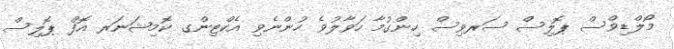
މޯލްޑިވްސް ޕޮލިސް ސަރވިސް ހިންގުމާ ހަވާލުވެ ހުންނެވި އެކްޓިންގ ކޮމިޝަނަރ އޮފް ޕޮލިސް